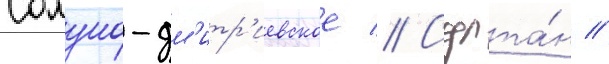
Солуно-дм'итр'иевское // Султа́н //